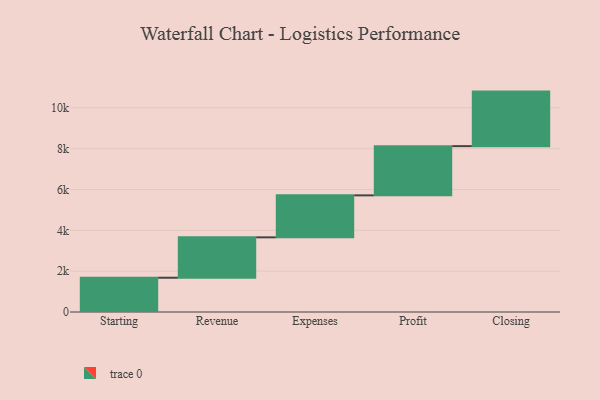
{"axis": {"x": "Step", "y": "Value"}, "legend": [""], "data": [{"x": "Starting", "y": 1678.0, "type": ""}, {"x": "Revenue", "y": 1978.0, "type": ""}, {"x": "Expenses", "y": 2056.0, "type": ""}, {"x": "Profit", "y": 2410.0, "type": ""}, {"x": "Closing", "y": 2671.0, "type": ""}]}